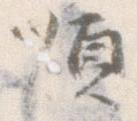
順